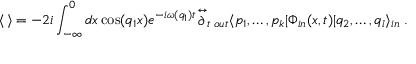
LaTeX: \langle \, \rangle = - 2 i \int _ { - \infty } ^ { 0 } d x \cos ( q _ { 1 } x ) e ^ { - i \omega ( q _ { 1 } ) t } { \mathop { \partial } ^ { \leftrightarrow } } _ { t } \, _ { o u t } \langle p _ { 1 } , \dots , p _ { k } | \Phi _ { i n } ( x , t ) | q _ { 2 } , \dots , q _ { l } \rangle _ { i n } \; .